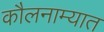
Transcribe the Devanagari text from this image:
कौलनाम्यात